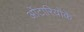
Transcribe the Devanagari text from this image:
ओंटारियोके